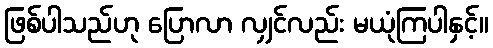
ဖြစ်ပါသည်ဟု ပြောလာ လျှင်လည်း မယုံကြပါနှင့်။